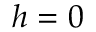
h = 0